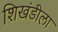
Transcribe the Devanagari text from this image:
शिखंडीला